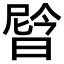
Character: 𬁉